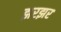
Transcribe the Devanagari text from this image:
झरझर